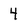
Character: 4